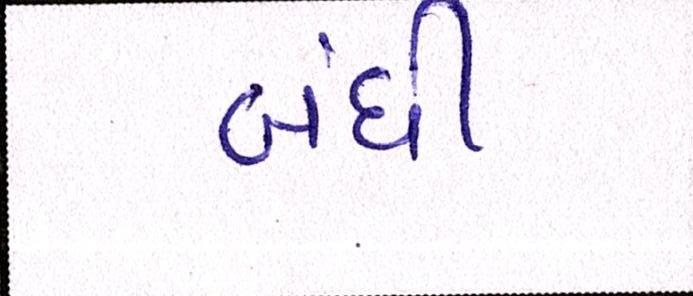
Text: બંધી